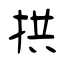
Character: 拱